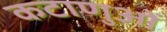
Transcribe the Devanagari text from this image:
कटाणुओं